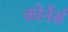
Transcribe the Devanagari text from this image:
कोर्नेर्स